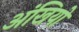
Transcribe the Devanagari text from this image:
अंखियो